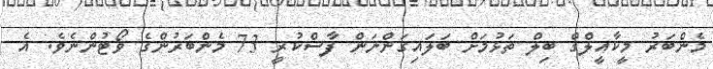
މެންބަރު މީކާއީލްގް ބިލް ތަޅުމަށް ބަލައިގަންނަން ފާސްކުރީ 73 މެންބަރުންގެ ވޯޓުންނެވެ. އެ